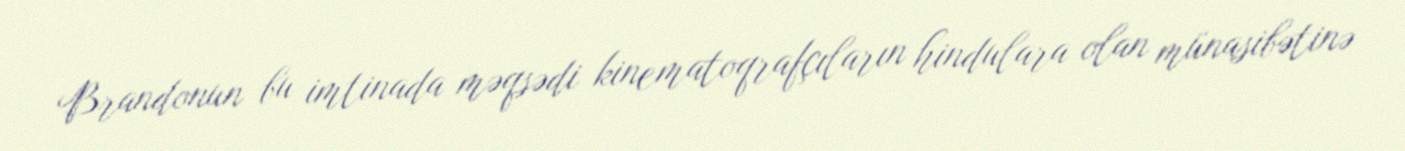
Brandonun bu imtinada məqsədi kinematoqrafçıların hindulara olan münasibətinə